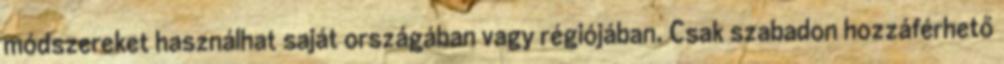
módszereket használhat saját országában vagy régiójában. Csak szabadon hozzáférhető